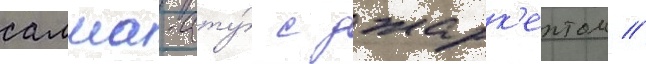
алма-ату́ с джарк'ентом //